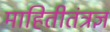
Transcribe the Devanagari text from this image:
माहितीतंत्रज्ञ